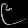
Digit: ၉